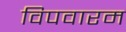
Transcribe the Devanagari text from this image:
विपवारम